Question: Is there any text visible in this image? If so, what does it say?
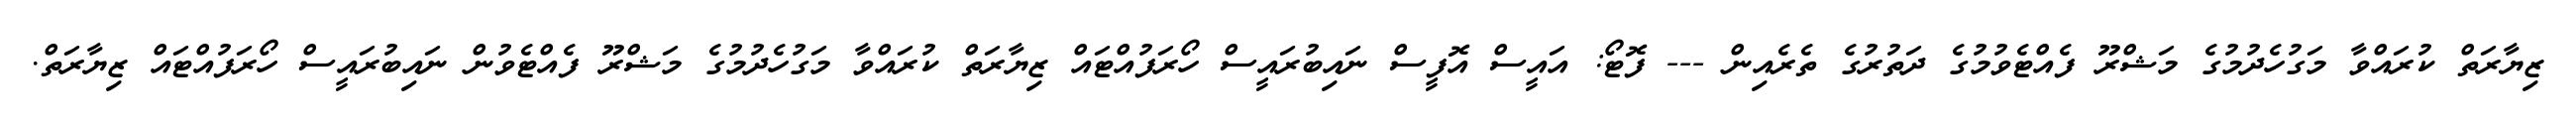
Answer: ޒިޔާރަތް ކުރައްވާ މަގުހެދުމުގެ މަޝްރޫ ފެއްޓެވުމުގެ ދަތުރުގެ ތެރެއިން --- ފޮޓޯ: އައީސް އޮފީސް ނައިބުރައީސް ހޯރަފުއްޓައް ޒިޔާރަތް ކުރައްވާ މަގުހެދުމުގެ މަޝްރޫ ފެއްޓެވުން ނައިބުރައީސް ހޯރަފުއްޓައް ޒިޔާރަތް.